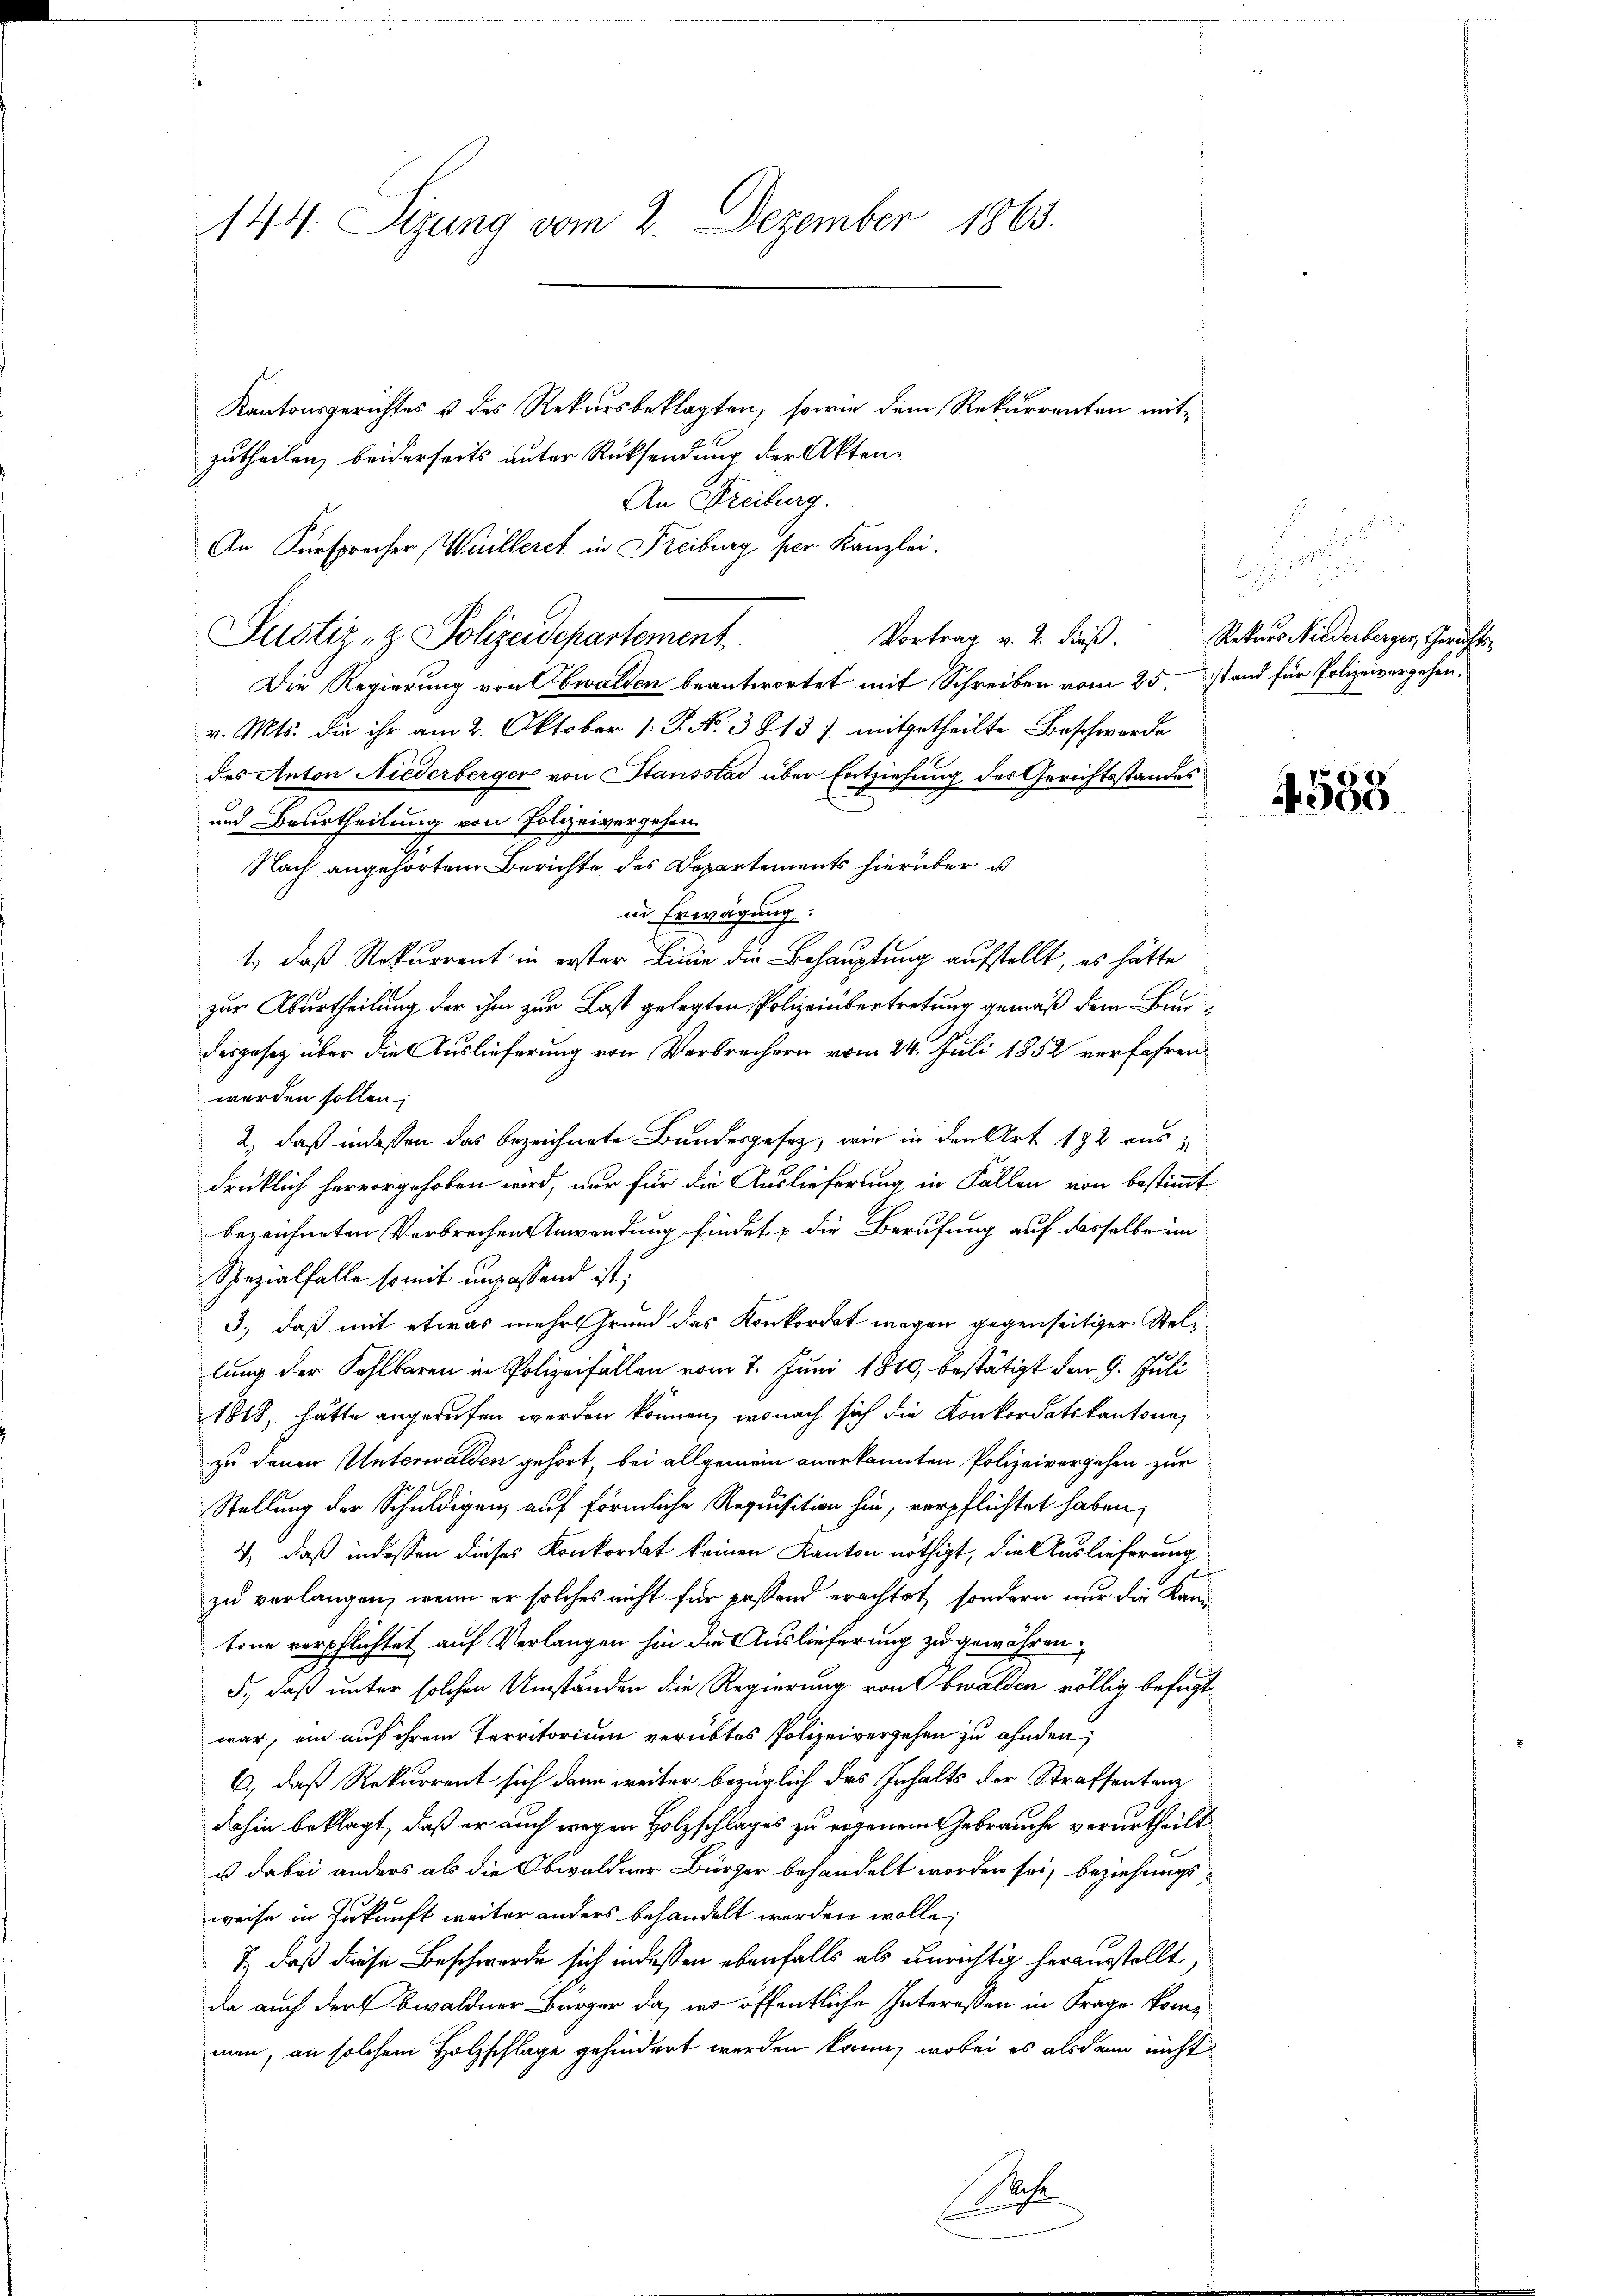
144 Sizung vom 2. Dezember 1863.

Kantonsgerichtes & des Rekursbeklagten, sowie dem Rekurrenten mitzutheilen, beiderseits unter Rücksendung der Akten¬
An Freiburg.
An Fürsprecher Weilleret in Freiburg per Kanzlei.
Vortrag v. 2. dieß.
Justiz- & Polizeidepartement
Die Regierung von Obwalden beantwortet mit Schreiben vom 25. Stand für Polizeivergehen,
v. Mts. die ihr am 2. Oktober 1. P. N. 3813 f mitgetheilte Beschwerde
des Anton Niederberger von Stansstad über Entziehung des Gerichtsstandes
und Beurtheilung von Polizeivergehen.
Nach angehörtem Berichte des Departements hierüber u
2
in Erwägung.
1., daß Rekurrent in erster Linie die Behauptung aufstellt, es hätte
zur Aburtheilung der ihm zur Last gelegten Polizeiübertretung gemäß dem Baudesgesetz über die Auslieferung von Verbrechern vom 24. Juli 1852 verfahren
werden sollen;
2, daß indessen das bezeichnete Bundesgesetz, wie in den Art 172 ausdrüklich hervorgehoben wird, nur für die Auslieferung in Fällen von bestimmt
bezeichneten Verbrechen Anwendung findet & die Berufung auf dasselbe im
Spezialfalle somit unpassend ist
3.) daß mit etwas mehr Grund das Konkordat wegen gegenseitiger Stellung der Fahlbaren in Polizeifällen vom 7. Juni 1810, bestätigt den 9. Juli
1818, hätte angerufen werden können, wonach sich die Konkordatskantone
zu denen Unterwalden gehört, bei allgemein anerkannten Polizeivergehen zur
Stellung der Schuldigen auf förmliche Requisition hin, verpflichtet haben,
2) daß indessen dieses Konkordat keinen Kanton nöthigt, die Auslieferung
i
zu verlangen, wenn er solches nicht für passend erachtet, sondern nur die Kan-
tone verpflichtet auf Verlangen hin die Auslieferung zu gewähren.
5., daß unter solchen Umständen die Regierung von Obwalden völlig befugt,
war, ein auf ihrem Territorium verübtes Polizeivergehen zu ahnden,
6, daß Rekurrent sich dann weiter bezüglich das Inhalts der Strafsentanz
dahin beklagt, daß er auch wegen Holzschlages zu regenem Gebrauche verurtheilt.
u dabei anders als die Obwaldner Bürger behandelt worden sei, beziehungsweise in Zukunft weiter anders behandelt werden wolle;
7.) daß diese Beschwerde sich indeßen ebenfalls als unrichtig herausstellt,
da auch darf Obwaldner Bürger da, in öffentliche Interessen in Frage komman, an solchem Holzschlage gehindert werden kann, wobei es alsdann nicht
lehe
A

5

.
Rekurs Niederberger, Gerichts¬

4588